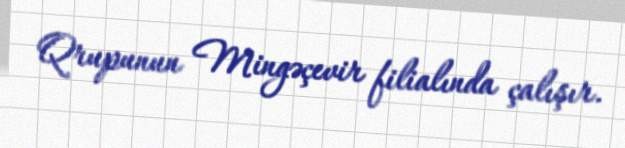
Qrupunun Mingəçevir filialında çalışır.